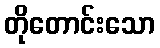
တိုတောင်းသော